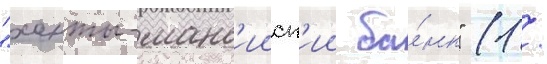
"ханты-манс'ииск'ии ба́нк" (1 /